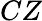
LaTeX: CZ